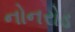
નોનરોડ